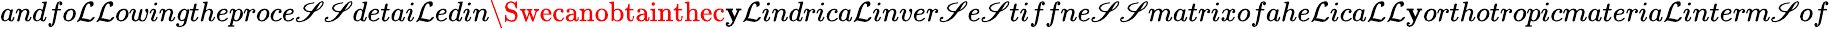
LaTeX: andfo\mathcal{L}\mathcal{L}owingtheproce\mathscr{S}\mathscr{S}detai\mathcal{L}edin\Swecanobtainthec\mathbf{y}\mathcal{L}indrica\mathcal{L}inver\mathscr{S}e\mathscr{S}tiffne\mathscr{S}\mathscr{S}matrixofahe\mathcal{L}ica\mathcal{L}\mathcal{L}\mathbf{y}orthotropicmateria\mathcal{L}interm\mathscr{S}of